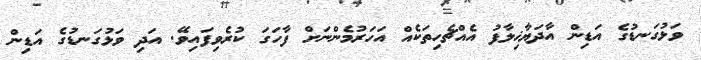
ވަޅުގަނޑުގެ އަޑިން އާދަޔާޚިލާފު އެއްޗެހިތަކެއް އަހަރުމެންނަށް ފާހަގަ ކުރެވިފައިވޭ. އަދި ވަޅުގަނޑުގެ އަޑިން